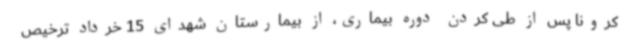
کرونا پس از طی کردن دوره بیماری، از بیمارستان شهدای 15 خرداد ترخیص